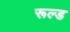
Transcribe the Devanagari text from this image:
रूल्ड